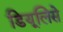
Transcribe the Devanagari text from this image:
डियूलिसे